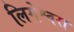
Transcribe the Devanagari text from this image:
लिगेश्वरा